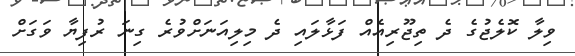
ވިލާ ކޮލެޖުގެ ދެ ތިޖޫރިއެއް ފަޅާލައި ދެ މިލިއަނަށްވުރެ ގިނަ ރުފިޔާ ވަގަށް